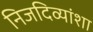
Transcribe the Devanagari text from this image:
निजदिव्यांशा